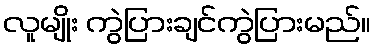
လူမျိုး ကွဲပြားချင်ကွဲပြားမည်။